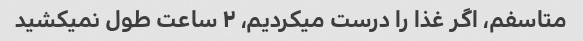
متاسفم، اگر غذا را درست میکردیم، ۲ ساعت طول نمیکشید